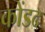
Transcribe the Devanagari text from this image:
कोंडद